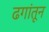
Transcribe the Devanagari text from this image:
ढगांतून